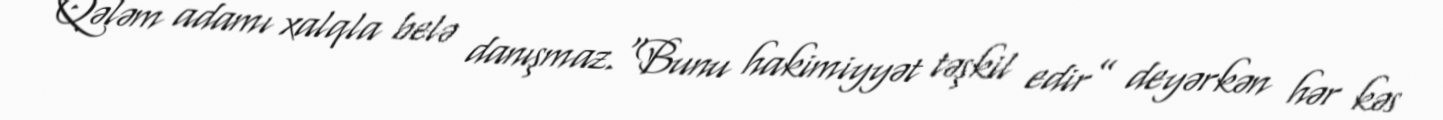
Qələm adamı xalqla belə danışmaz.“Bunu hakimiyyət təşkil edir” deyərkən hər kəs